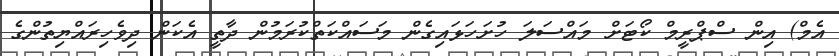
އެމް) އިން ސްޕްރީމް ކޯޓަށް މައްސަލަ ހުށަހަޅައިގެން މަސައްކަތްކުރަމުން ދާތީ އެކަން ދިވެހިރައްޔިތުންގެ